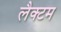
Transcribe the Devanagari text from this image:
लैक्टम